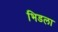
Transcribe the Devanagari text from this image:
भिडला